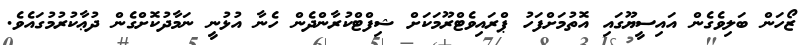
ޒޯހަން ބަލިވެގެން އައިސީޔޫގައި އޮތުމަށްފަހު ޕްރައިވެޓްރޫމަކަށް ޝިފްޓްކުރާންދެން ހެނާ އުޅުނީ ނަމާދުކޮށްގެން ދުޢާކުރުމުގައެވެ.